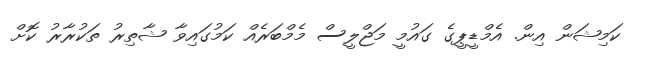
ކަމިޝަން އިން. އެމްޑީޕީގެ ގައުމީ މަޖްލީސް މެމްބަރެެއް ކަމުގައިވާ ޝާތިރު ތަކުރާރު ކޮށް